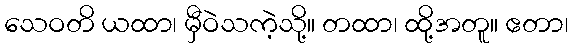
သေဝတိ ယထာ၊ မှီဝဲသကဲ့သို့။ တထာ၊ ထို့အတူ။ ဧတာ၊